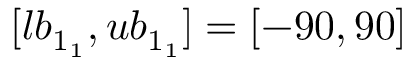
[ l b _ { 1 _ { 1 } } , u b _ { 1 _ { 1 } } ] = [ - 9 0 , 9 0 ]